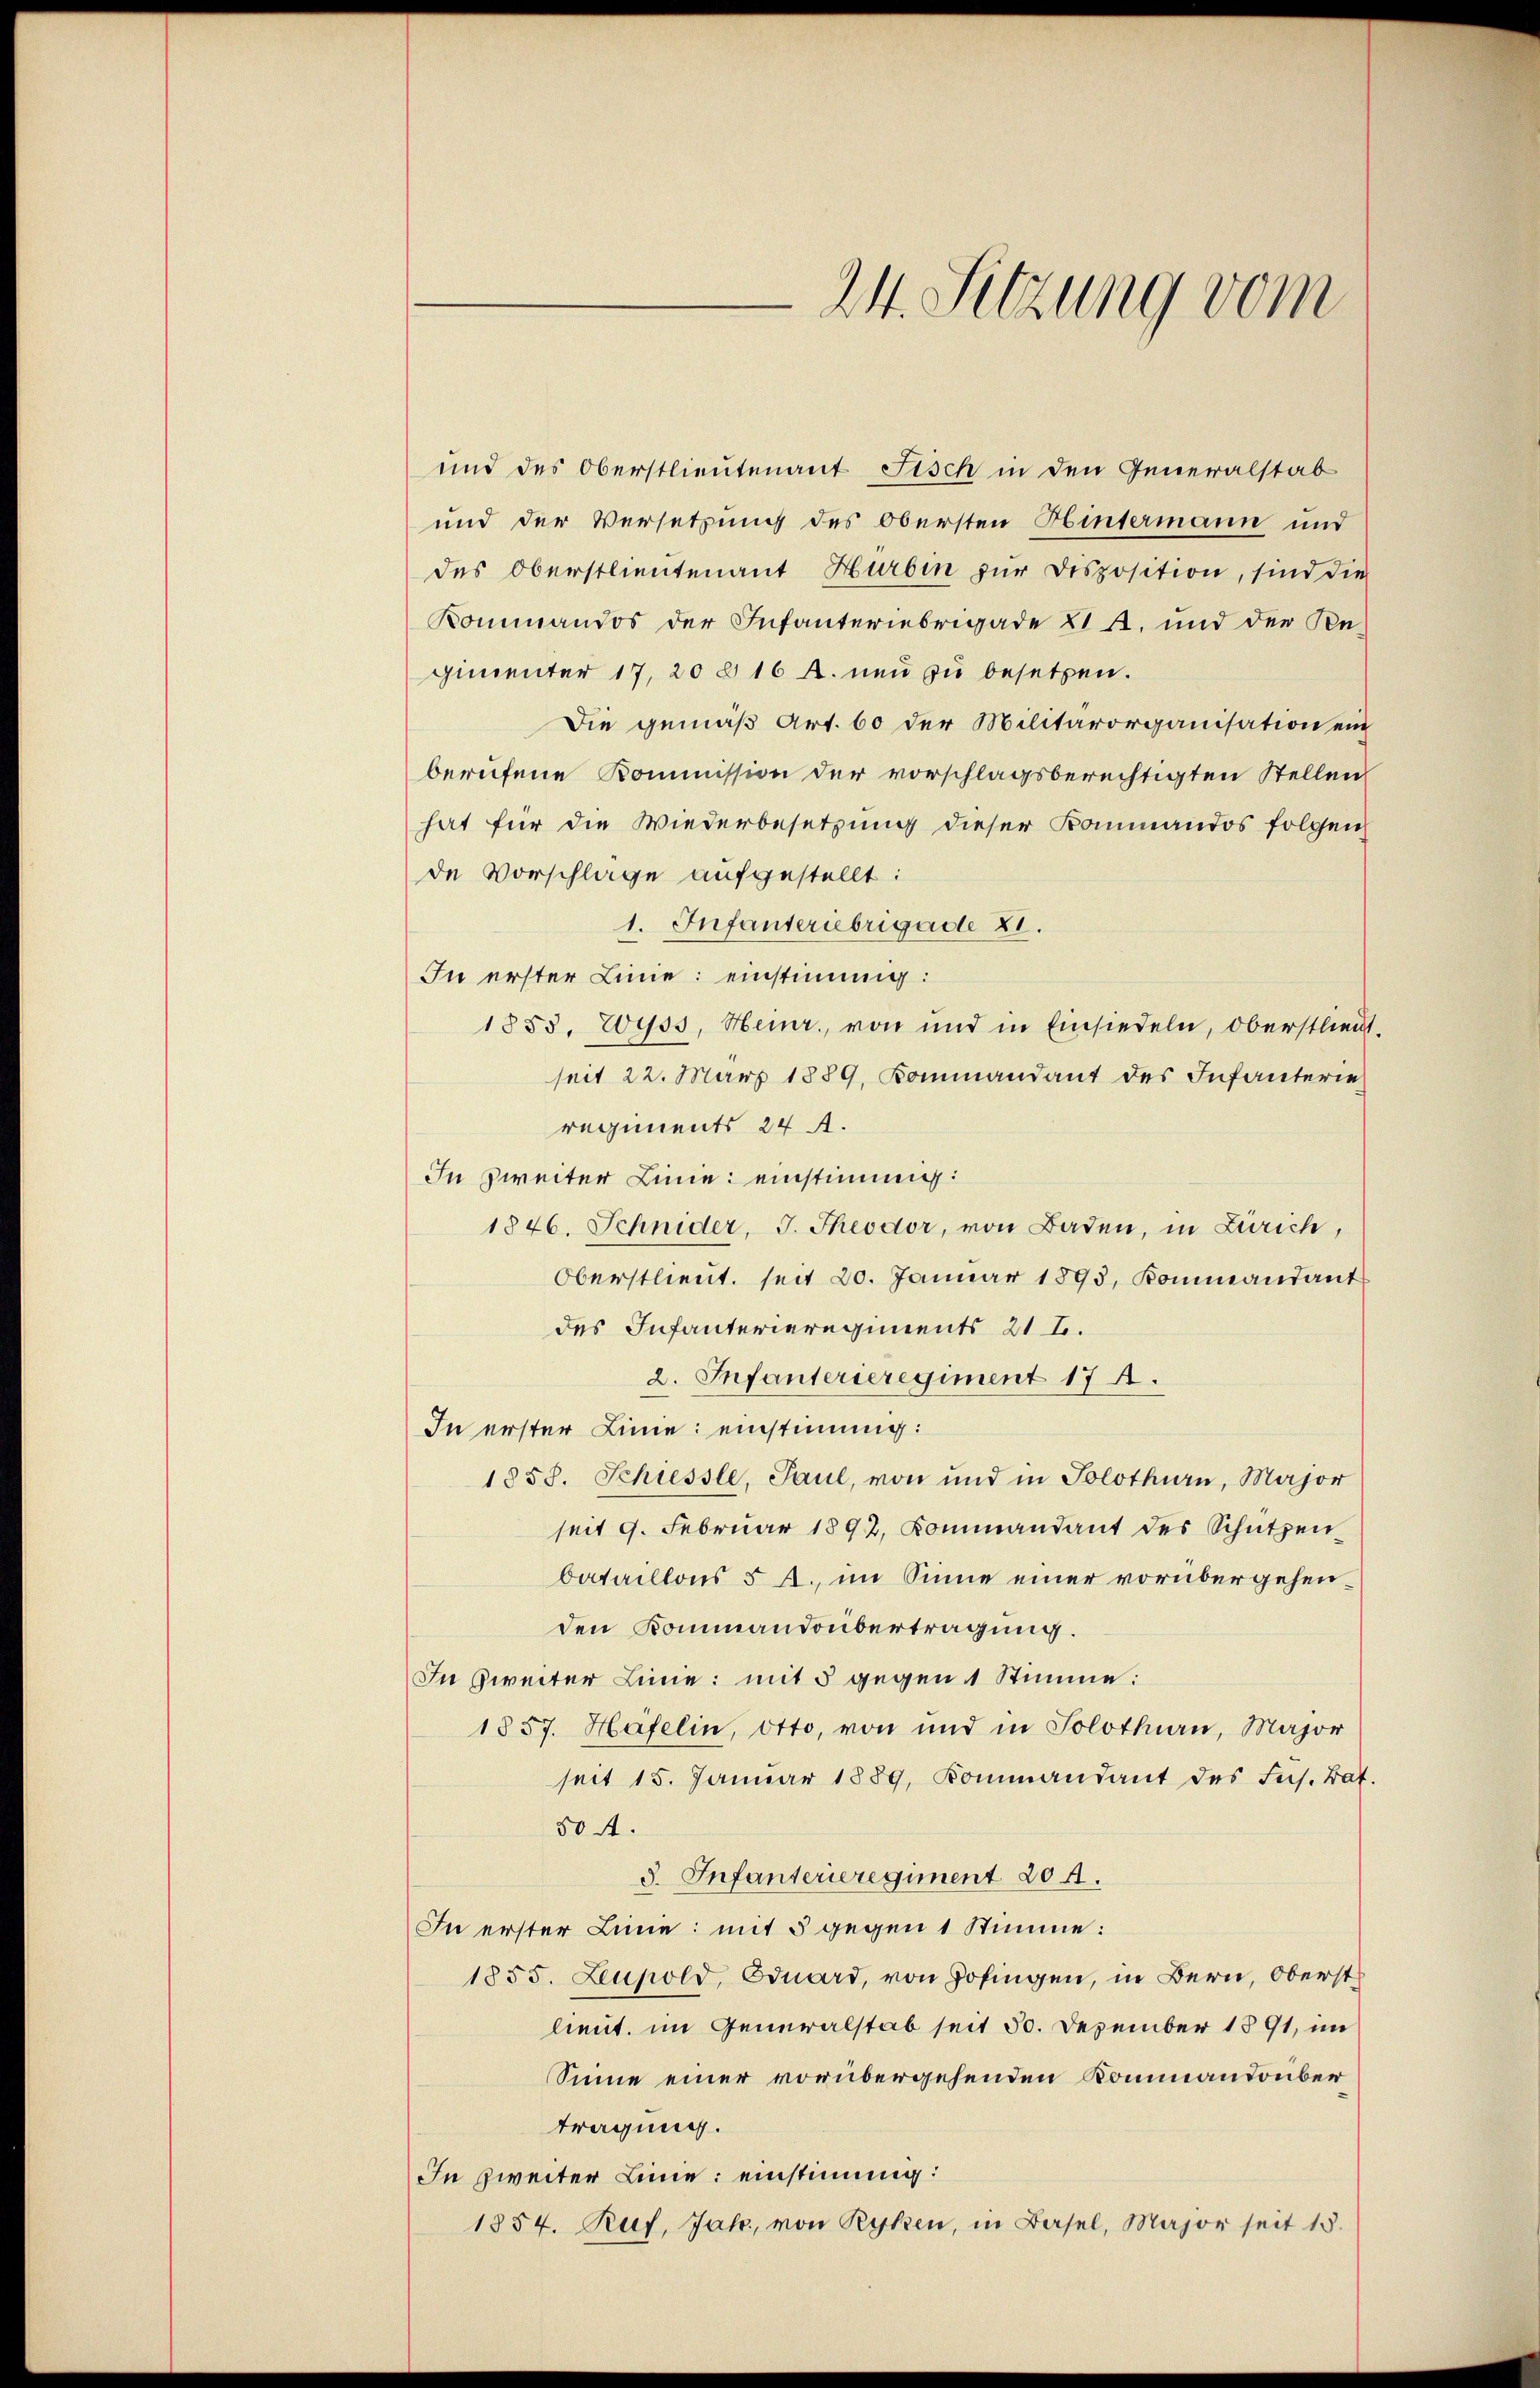
24. Sitzung vom

und des Oberstlieutenant Fisch in den Generalstab
und der Versetzung des Obersten Hintermann und
des Oberstlieutenant Hurbin zur Disposition, sind die
Kommandos der Infanteriebrigade VI A. und der Regimunter 17, 20 § 16 A. neu zu besetzen.
Die gemäβ Art. 60 der Militärorganisation ein
berufene Kommission der vorschlagsberechtigten Stellen
hat für die Wiederbesetzung dieser Kommandos folgen
de Vorschlage aufgestellt:
1. Infanteriebrigade 81.
In erster Linie einstimmig:
1853, Wyss, Heinr., von und in Einsiedeln, oberstlieut.
seit 22. März 1889, Kommandant des Infanterie
regiments 24 A.
In zweiter Linie einstimmg:
1846. Schnider, J. Theodor, von Baden, in Zürich,
Oberstlieŭt. seit 20. Januar 1893, Kommandant
des Infanterieregiments 21 E.
2. Infanterieregiment 17.
In erster Linie einstimmig:
1858. Schiessle, Paul, von und in Solothurn, Major
seit 9. Februar 1892, Kommandant des Schützen
bataillons 5 A., im Sinne einer vorübergehenden Kommandoübertragung.
In zweiter Linie: mit 5 gegen 1 Stimme:
1857. Häfelin, Otto, von und in Solothurn, Major
seit 15. Januar 1889, Kommandant des Frs. Bat.
50 A.
d. Infanterieregiment 204.
In erster Linie mit 5 gegen 1 Stimme:
1855. Leuhold, Eduard, von Zofingen, in Bern, Oberst
lieut. im Generalstab seit 30. Dezember 1891, im
Sinne einer vorübergehenden Kommandonber
tragung.
In zweiter Linie einstimmig:
1854. Ruf, Jahr, von Ryken, in Basel, Major seit 15.